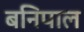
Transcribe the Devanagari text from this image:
बनिपाल